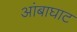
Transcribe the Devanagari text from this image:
आंबाघाट